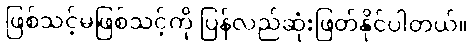
ဖြစ်သင့်မဖြစ်သင့်ကို ပြန်လည်ဆုံးဖြတ်နိုင်ပါတယ်။